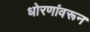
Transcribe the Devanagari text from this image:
धोरणांवरून